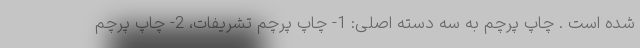
شده است . چاپ پرچم به سه دسته اصلی: 1- چاپ پرچم تشریفات، 2- چاپ پرچم